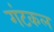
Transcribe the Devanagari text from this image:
गंटकल